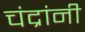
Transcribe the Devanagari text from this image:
चंद्रांनी